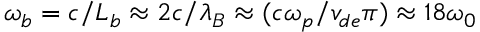
\omega _ { b } = c / L _ { b } \approx 2 c / \lambda _ { B } \approx ( c \omega _ { p } / v _ { d e } \pi ) \approx 1 8 \omega _ { 0 }